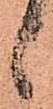
候